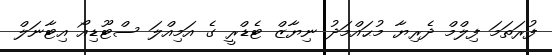
ފުރަތަމަ ފިލްމް ދެރިޔާ މުޙައްމަދު ނިޔާޒް ޓެޑްރީ ގެ އަމިއްލަ ސްޓޫޑިއޯ އިޓާނަލް